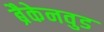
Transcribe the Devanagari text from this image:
ब्रैकेनवुड